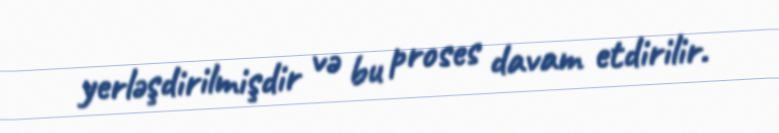
yerləşdirilmişdir və bu proses davam etdirilir.